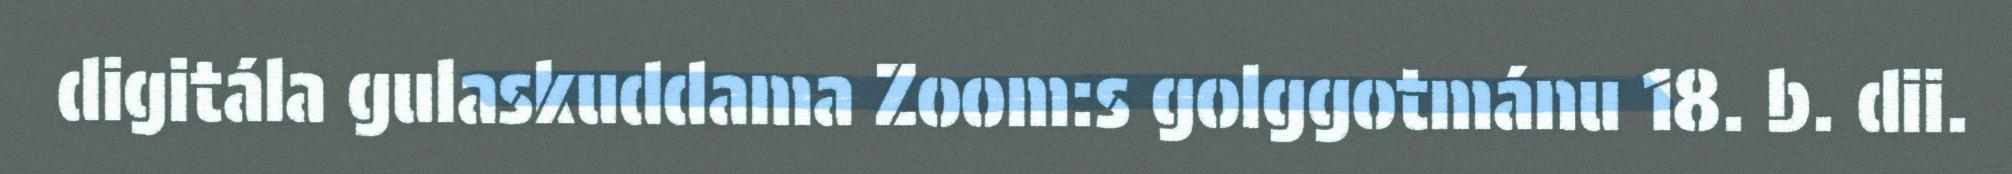
digitála gulaskuddama Zoom:s golggotmánu 18. b. dii.